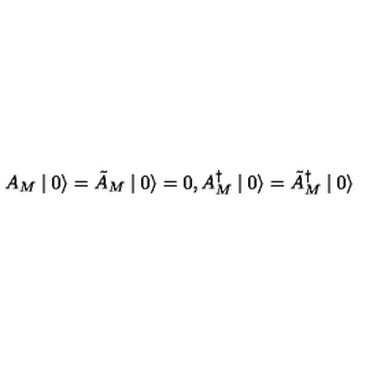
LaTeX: A _ { M } \mid 0 \rangle = \tilde { A } _ { M } \mid 0 \rangle = 0 , A _ { M } ^ { \dagger } \mid 0 \rangle = \tilde { A } _ { M } ^ { \dagger } \mid 0 \rangle